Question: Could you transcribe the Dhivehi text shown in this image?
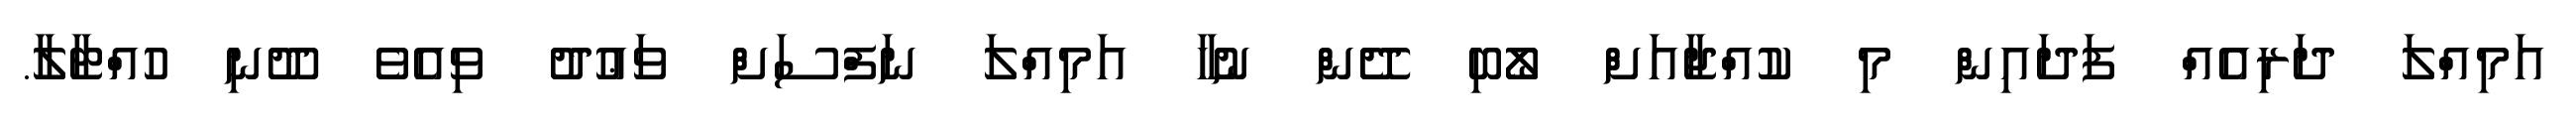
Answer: އަމިއްލަ ދަރިއެއް ފަދައިން މި ކުއްޖާއަށް ލޯބި ދޭން ނުހާ އަމިއްލަ ނަފްސަށް ވަޢުދު ވިއެވެ ދޫނި ހުއްޓާލާ.